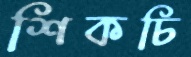
শিকচি